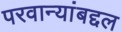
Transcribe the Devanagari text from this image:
परवान्यांबद्दल